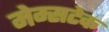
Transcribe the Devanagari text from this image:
मेम्सटेक